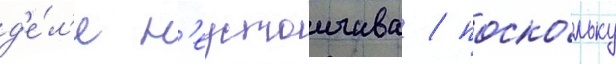
д'е́л'е н'еустоичива / поско́льку